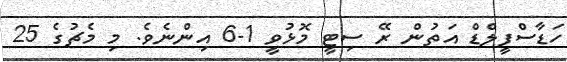
ހަޑާސްފީލްޑް އަތުން ރޭ ސިޓީ މޮޅުވީ 1-6 އިންނެވެ. މި މެޗުގެ 25